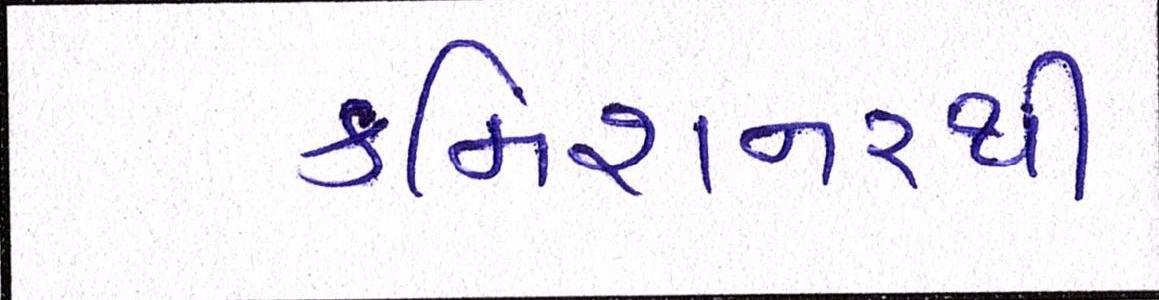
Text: કમિશનરથી